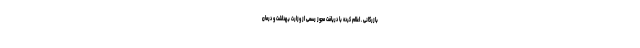
بازرگانی ـ اعلام کرده با دریافت مجوز رسمی از وزارت بهداشت و درمان